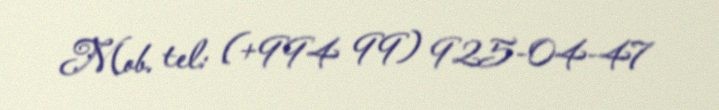
Mob. tel: (+994 99) 925-04-47